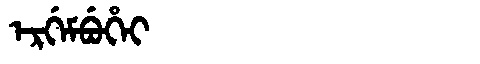
Manchu: ᡝᡵᡤᡝᠮᠪᡠᡥᡝᡳ
Romanization: ERGEMBUHEI